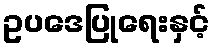
ဥပဒေပြုရေးနှင့်